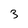
Character: 3